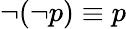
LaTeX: \neg(\neg p)\equiv p